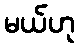
မယ်ဟု